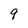
Character: 9